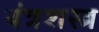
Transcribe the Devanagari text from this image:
यंत्रशस्त्र